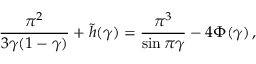
\frac { \pi ^ { 2 } } { 3 \gamma ( 1 - \gamma ) } + \tilde { h } ( \gamma ) = \frac { \pi ^ { 3 } } { \sin \pi \gamma } - 4 \Phi ( \gamma ) \, ,